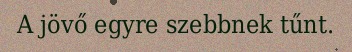
A jövő egyre szebbnek tűnt.